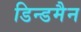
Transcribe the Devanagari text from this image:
डिन्डमैन